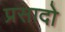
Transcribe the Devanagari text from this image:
प्रसादो